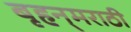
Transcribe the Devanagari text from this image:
बृहन्‌मराठी